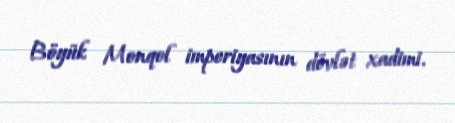
Böyük Monqol imperiyasının dövlət xadimi.